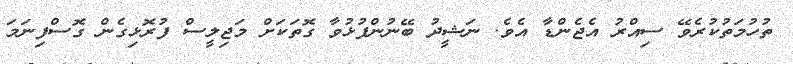
ތުހުމަތުކުރެވޭ ސިއްރު އެޖެންޑާ އެވެ. ނަޝީދު ބޭނުންފުޅުވާ ގޮތަކަށް މަޖިލީސް ފުރޮޅިގެން ގޮސްފިނަމަ